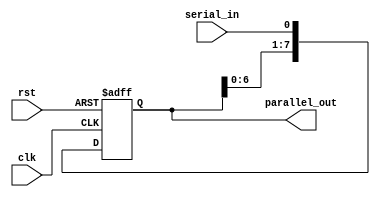
module SIPO_shift_register (
    input clk,
    input rst,
    input serial_in,
    output reg [7:0] parallel_out
);

reg [7:0] shift_reg;

always @(posedge clk or posedge rst) begin
    if (rst) begin
        shift_reg <= 8'b0;
    end else begin
        shift_reg <= {shift_reg[6:0], serial_in};
    end
end

assign parallel_out = shift_reg;

endmodule